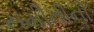
સમીતીની